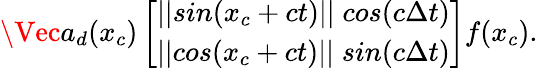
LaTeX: \Vec{a_{d}}(x_{c})\left[\begin{array}{l}{||sin(x_{c}+ct)||\; cos(c\Delta t)}\\ {||cos(x_{c}+ct)||\; sin(c\Delta t)}\end{array}\right]f(x_{c}).